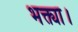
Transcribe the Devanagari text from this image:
भक्त्या।